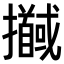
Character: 𢹖